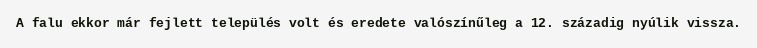
A falu ekkor már fejlett település volt és eredete valószínűleg a 12. századig nyúlik vissza.